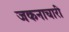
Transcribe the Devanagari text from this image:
जकनाचारी